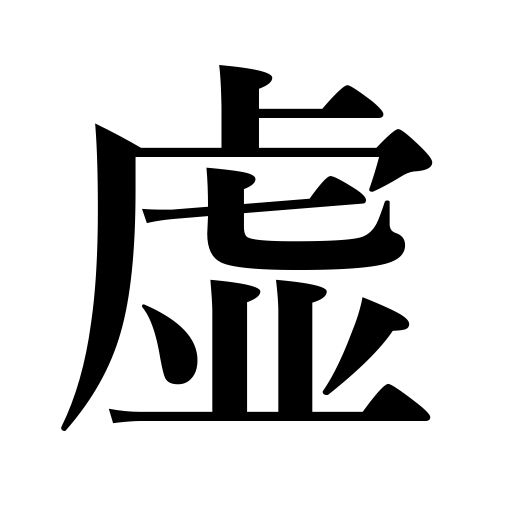
Meanings: emptiness,unpreparedness,crack,fissure,unguarded position,untruth